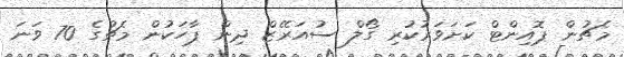
މެޗުން ޕޮއިންޓް ކަށަވަރުކުރި ގޯލް ސުއަރޭޒް ދިން ޕާހަކުން މެޗުގެ 70 ވަނަ